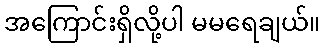
အကြောင်းရှိလို့ပါ မမရေချယ်။